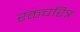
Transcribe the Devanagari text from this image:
रक्तचरित्र